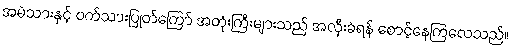
အမဲသားနှင့် ဝက်သားပြုတ်ကြော် အတုံးကြီးများသည် အလှီးခံရန် စောင့်နေကြလေသည်။